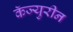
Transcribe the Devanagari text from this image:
कॅज्युरीन